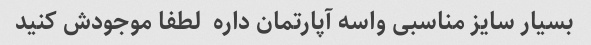
بسیار سایز مناسبی واسه آپارتمان داره  لطفا موجودش کنید